Indian journal of veterinary science and animal husbandry - Volumes 26-27, 1956-1957
Year: 1956
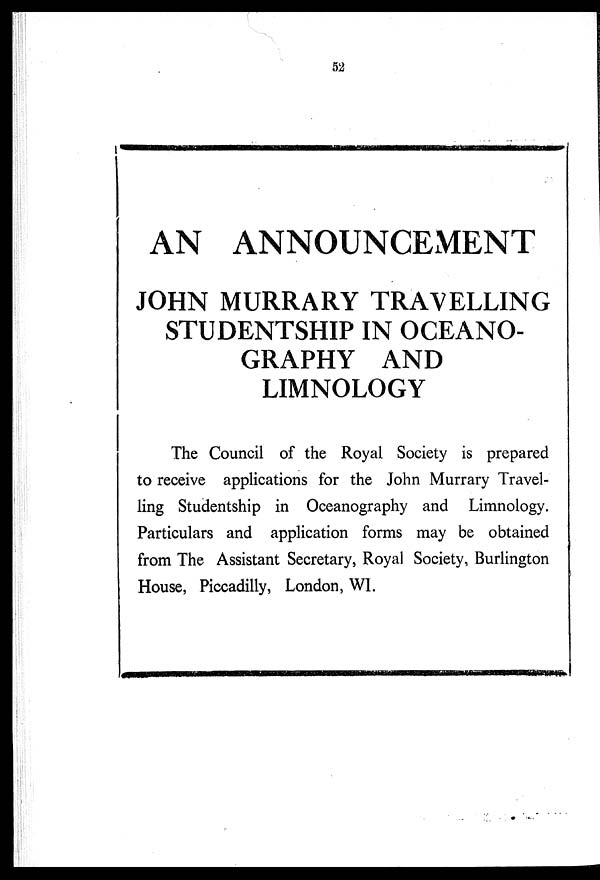
52
AN ANNOUNCEMENT
JOHN MURRARY TRAVELLING
STUDENTSHIP IN OCEANO-
GRAPHY AND
LIMNOLOGY
The Council of the Royal Society is prepared
to receive applications for the John Murrary Travel-
ling Studentship in Oceanography and Limnology.
Particulars and application forms may be obtained
from The Assistant Secretary, Royal Society, Burlington
House, Piccadilly, London, WI.